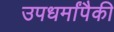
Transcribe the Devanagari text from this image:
उपधर्मांपैकी